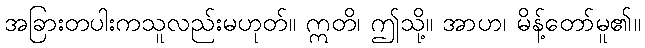
အခြားတပါးကသူလည်းမဟုတ်။ ဣတိ၊ ဤသို့။ အာဟ၊ မိန့်တော်မူ၏။